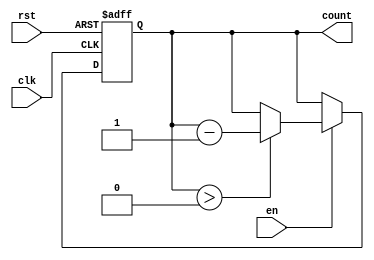
module binary_down_counter (
    input wire clk,      // Clock signal
    input wire rst,      // Asynchronous reset
    input wire en,       // Enable signal
    output reg [3:0] count // 4-bit binary count output
);

    // Define the maximum value for a 4-bit counter
    localparam MAX_VALUE = 4'b1111;

    // Asynchronous reset and counting mechanism
    always @(posedge clk or posedge rst) begin
        if (rst) begin
            // Reset the counter to the maximum value
            count <= MAX_VALUE;
        end else if (en) begin
            // Decrement the counter if enabled
            if (count > 0) begin
                count <= count - 1;
            end
            // If we want to wrap around, uncomment the following line:
            // else begin
            //     count <= MAX_VALUE;
            // end
        end
        // If not enabled, hold the current value (do nothing)
    end

    // Initialize count to maximum value at start
    initial begin
        count = MAX_VALUE;
    end

endmodule